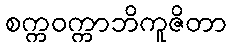
စက္ကဝက္ကာဘိကူဇိတာ